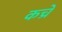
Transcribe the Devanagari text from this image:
कच्रे